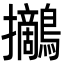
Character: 𪇪